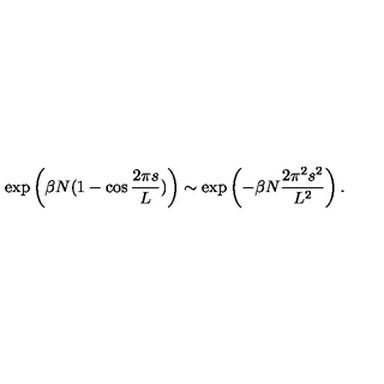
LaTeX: \exp \left( \beta N ( 1 - \cos { \frac { 2 \pi s } { L } } ) \right) \sim \exp \left( - \beta N { \frac { 2 \pi ^ { 2 } s ^ { 2 } } { L ^ { 2 } } } \right) .